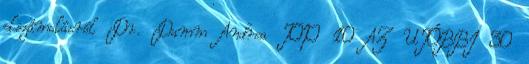
elszámolásról Dr. Damm Andrea TOP 10 AZ UTÓBBI 30